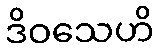
ဒိဝသေဟိ